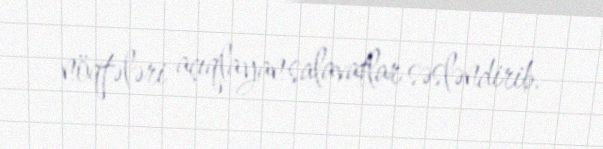
nöqtələri açıqlayan salavatlar səsləndirib.